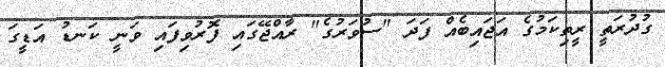
ގުދުރަތީ ރީތިކަމުގެ އަޖައިބެއް ފަދަ "ސުވަރުގެ" ރާއްޖޭގައި ފޮރުވިފައި ވަނީ ކަނޑު އަޑީގަ